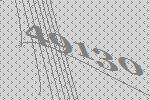
49130